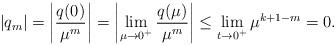
LaTeX: \begin{align*}|q_{m}|=\left|\frac{q(0)}{\mu^{m}}\right|=\left|\lim_{\mu\to 0^+} \frac{q(\mu)}{\mu^{m}}\right|&\le \lim_{t\to 0^+} \mu^{k+1-m}=0.\end{align*}